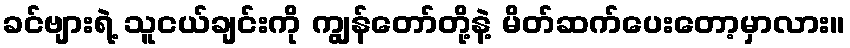
ခင်ဗျားရဲ့ သူငယ်ချင်းကို ကျွန်တော်တို့နဲ့ မိတ်ဆက်ပေးတော့မှာလား။